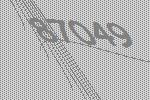
87049